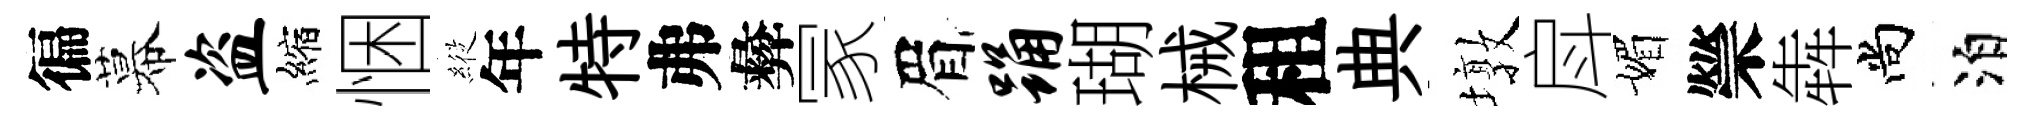
徧幕盗縮悃𦂵年特弗彜冡眉踊瑚械租典墩戽媚禜犇尚泊